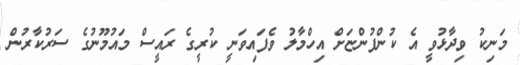
މަނިކު ވިދާޅުވީ އެ ކުންފުންޏަށް އިހްމާލު ވެފައިވަނީ ކުރީގެ ރައީސް މައުމޫނުގެ ސަރުކާރުން